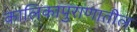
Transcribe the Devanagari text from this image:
कालिकापुराणातील